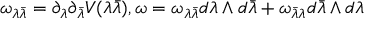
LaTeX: { \omega _ { \lambda { \bar { \lambda } } } } = { \partial _ { \lambda } } { \partial _ { \bar { \lambda } } } V ( \lambda { \bar { \lambda } } ) , \omega = { \omega _ { \lambda { \bar { \lambda } } } } d \lambda \wedge d { \bar { \lambda } } + { \omega _ { { \bar { \lambda } } { \lambda } } } d { \bar { \lambda } } \wedge d { \lambda }